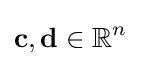
\mathbf {c} ,\mathbf {d} \in \mathbb {R} ^{n}